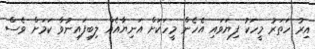
އިރު ހަތަރު މީހަކު ފިޔަވައި އެހެން މީހަކަށް އަނިޔާއެއް ލިބިފައިނުވާ ކަމަށް ވެސް